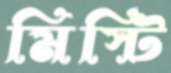
মিস্টি